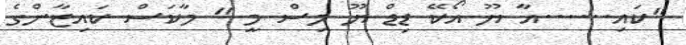
"ކައި......އާ ޔޫ އޯކޭ ޑިޑް ޔޫ މިސް މީ " މާކަސް ކައިޒާންގެ